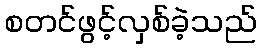
စတင်ဖွင့်လှစ်ခဲ့သည်